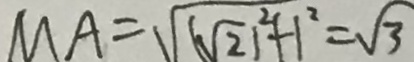
M A = \sqrt { ( \sqrt { 2 } ) ^ { 2 } + 1 ^ { 2 } } = \sqrt { 3 }